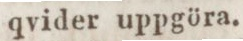
qvider uppgöra.